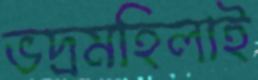
ভদ্রমহিলাই